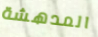
المدهشة